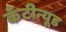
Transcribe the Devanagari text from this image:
कँटीन्यूड